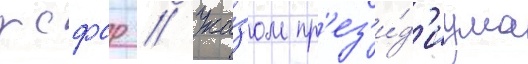
рсфср // Ука́зом пр'ез'и́д'иума